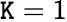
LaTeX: \mathtt{K}=1